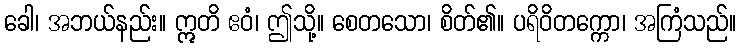
ခေါ၊ အဘယ်နည်း။ ဣတိ ဧဝံ၊ ဤသို့။ စေတသော၊ စိတ်၏။ ပရိဝိတက္ကော၊ အကြံသည်။